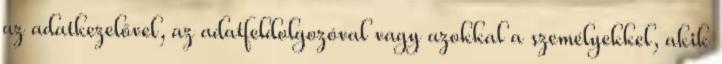
az adatkezelővel, az adatfeldolgozóval vagy azokkal a személyekkel, akik